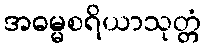
အဓမ္မစရိယာသုတ္တံ